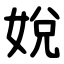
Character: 娧